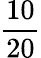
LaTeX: \frac{10}{20}